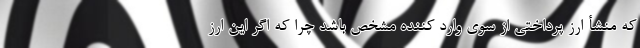
که منشأ ارز پرداختی از سوی وارد کننده مشخص باشد چرا که اگر این ارز